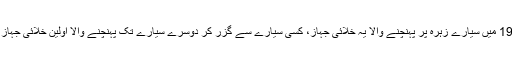
1962 میں سیارے زہرہ پر پہنچنے والا یہ خلائی جہاز، کسی سیارے سے گزر کر دوسرے سیارے تک پہنچنے والا اولین خلائی جہاز تھا۔